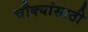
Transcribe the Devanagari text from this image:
चौक्यांसाठी